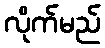
လိုက်မည်